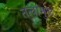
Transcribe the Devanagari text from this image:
तत्वांमुळे